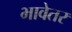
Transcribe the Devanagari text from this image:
भावेतर